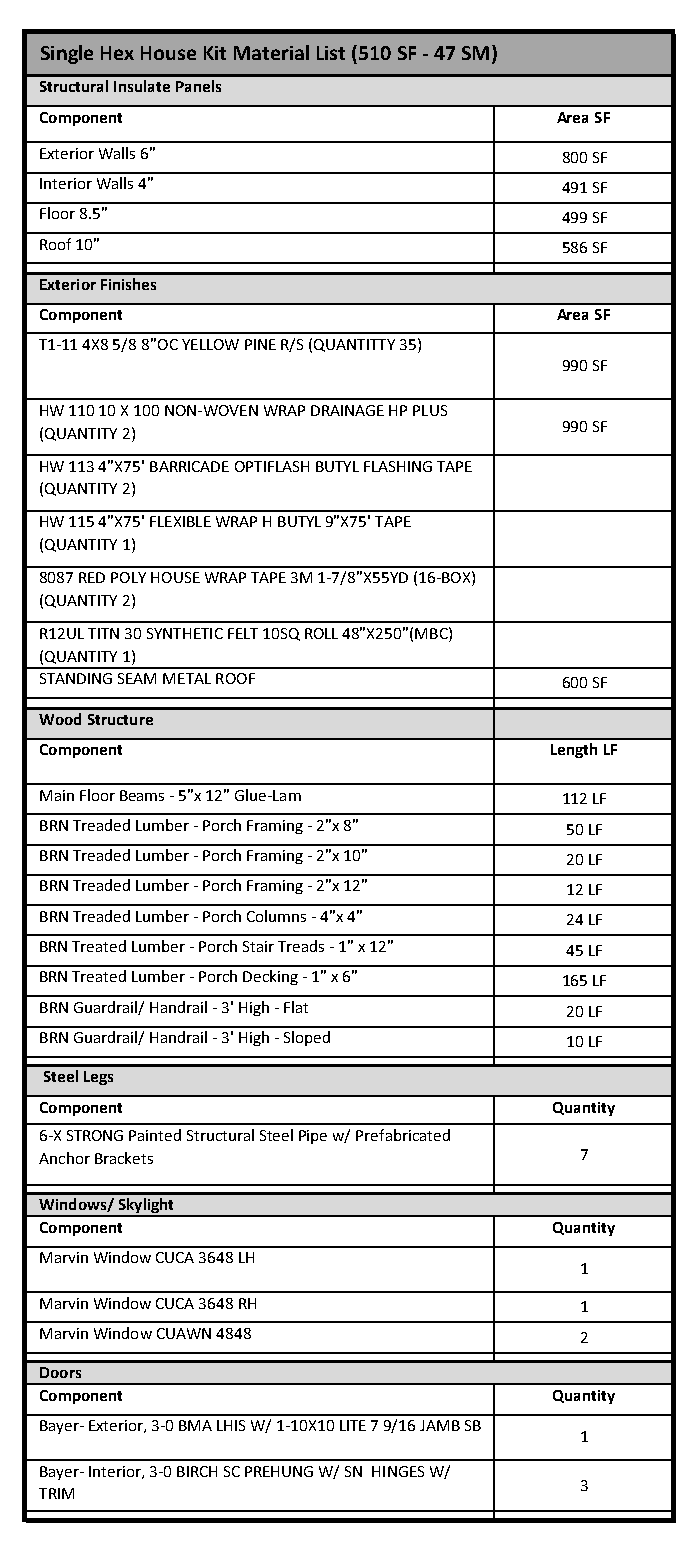
Single Hex House Kit Material List (510 SF - 47 SM)
 Structural Insulate Panels
 Component                          Area SF
 Exterior Walls 6"                  800 SF
 Interior Walls 4"                  491 SF
 Floor 8.5"                         499 SF
 Roof 10"                           586 SF
 Exterior Finishes
 Component                          Area SF
 T1-11 4X8 5/8 8"OC YELLOW PINE R/S (QUANTITTY 35)
 990 SF
 HW 110 10 X 100 NON-WOVEN WRAP DRAINAGE HP PLUS
 (QUANTITY 2)                       990 SF
 HW 113 4"X75' BARRICADE OPTIFLASH BUTYL FLASHING TAPE
 (QUANTITY 2)
 HW 115 4"X75' FLEXIBLE WRAP H BUTYL 9"X75' TAPE
 (QUANTITY 1)
 8087 RED POLY HOUSE WRAP TAPE 3M 1-7/8"X55YD (16-BOX)
 (QUANTITY 2)
 R12UL TITN 30 SYNTHETIC FELT 10SQ ROLL 48"X250"(MBC)
 (QUANTITY 1)
 STANDING SEAM METAL ROOF           600 SF
 Wood Structure
 Component                         Length LF
 Main Floor Beams - 5"x 12" Glue-Lam 112 LF
 BRN Treaded Lumber - Porch Framing - 2"x 8" 50 LF
 BRN Treaded Lumber - Porch Framing - 2"x 10" 20 LF
 BRN Treaded Lumber - Porch Framing - 2"x 12" 12 LF
 BRN Treaded Lumber - Porch Columns - 4"x 4" 24 LF
 BRN Treated Lumber - Porch Stair Treads - 1" x 12" 45 LF
 BRN Treated Lumber - Porch Decking - 1" x 6" 165 LF
 BRN Guardrail/ Handrail - 3' High - Flat 20 LF
 BRN Guardrail/ Handrail - 3' High - Sloped 10 LF
 Steel Legs
 Component                         Quantity
 6-X STRONG Painted Structural Steel Pipe w/ Prefabricated
 Anchor Brackets                     7
 Windows/ Skylight
 Component                         Quantity
 Marvin Window CUCA 3648 LH
 1
 Marvin Window CUCA 3648 RH          1
 Marvin Window CUAWN 4848            2
 Doors
 Component                         Quantity
 Bayer- Exterior, 3-0 BMA LHIS W/ 1-10X10 LITE 7 9/16 JAMB SB
 1
 Bayer- Interior, 3-0 BIRCH SC PREHUNG W/ SN HINGES W/
 3
 TRIM